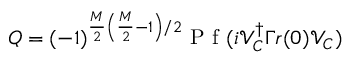
Q = ( - 1 ) ^ { \frac { M } { 2 } \left( \frac { M } { 2 } - 1 \right) / 2 } \mathrm { ~ P ~ f ~ } ( i \mathcal { V } _ { C } ^ { \dagger } \Gamma r ( 0 ) \mathcal { V } _ { C } )